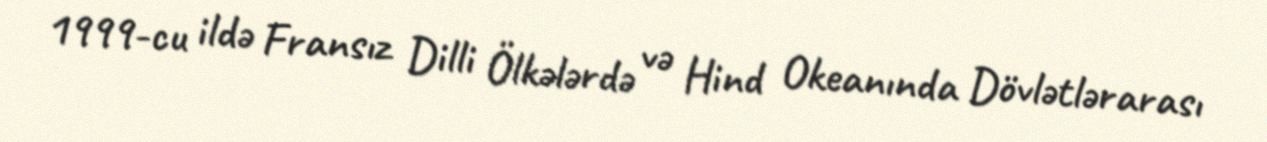
1999-cu ildə Fransız Dilli Ölkələrdə və Hind Okeanında Dövlətlərarası